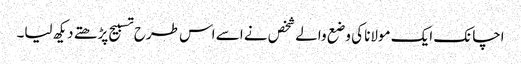
اچانک ایک مولانا کی وضع والے شخص نے اسے اس طرح تسبیح پڑھتے دیکھ لیا۔